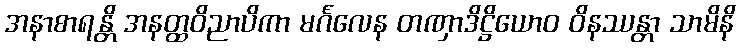
အနာစာရန္တိ အနတ္ထဝိညာပိကာ မင်္ဂလေန တဏှာဒိဋ္ဌိယောဝ ဝိနဿန္တာ သာမိနိ